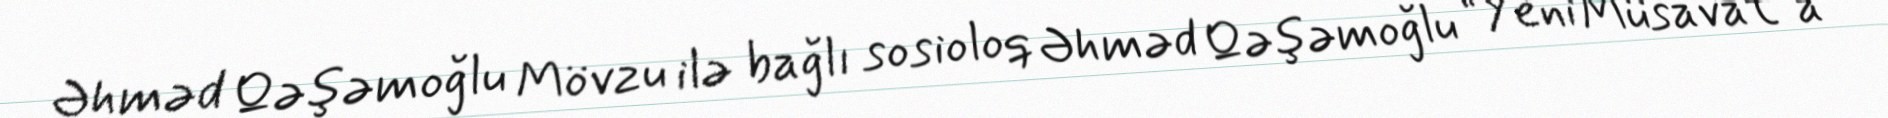
Əhməd Qəşəmoğlu Mövzu ilə bağlı sosioloq Əhməd Qəşəmoğlu “Yeni Müsavat”a